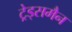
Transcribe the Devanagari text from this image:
ट्रेड्समैन